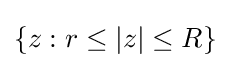
\{z:r\leq |z|\leq R\}